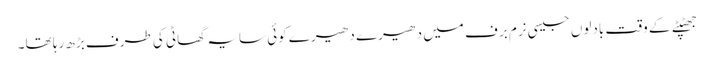
جھٹپٹے کے وقت بادلوں جیسی نرم برف میں دھیرے دھیرے کوئی سایہ گھاٹی کی طرف بڑھ رہا تھا۔